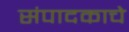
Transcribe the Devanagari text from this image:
संपादकाचे